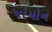
નોયોન